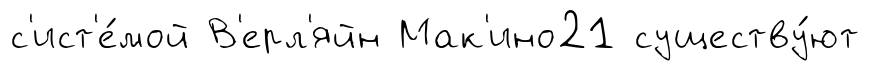
с'ист'е́мой В'ерл'яйн Мак'ино21 существу́ют